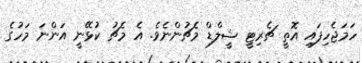
ހަމަޖެހިފައި އޮތީ ޗެރިޓީ ޝީލްޑް މެޗުންނެވެ. އެ މެޗު ކުޅޭނީ އަންނަ މަހުގެ